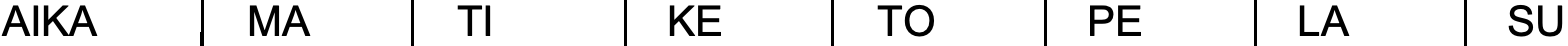
AIKA    MA     TI     KE     TO     PE     LA     SU